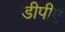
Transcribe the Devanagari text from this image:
डीपीए